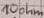
Text: 10Ohm